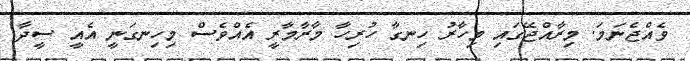
ވެއްޖެނަމަ. މިރާއްޖޭގައި މިހާރު ހިނގާ ހުރިހާ މާރާމާރީ އެއްވެސް މިހިނގަނީ އެއީ ސީދާ